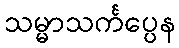
သမ္မာသင်္ကပ္ပေန